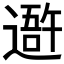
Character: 𨖍